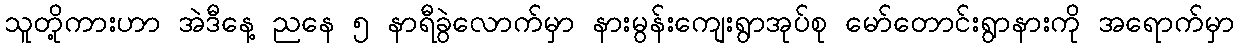
သူတို့ကားဟာ အဲဒီနေ့ ညနေ ၅ နာရီခွဲလောက်မှာ နားမွန်းကျေးရွာအုပ်စု မော်တောင်းရွာနားကို အရောက်မှာ